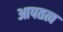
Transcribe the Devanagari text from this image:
आपतत्व